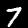
Digit: 7